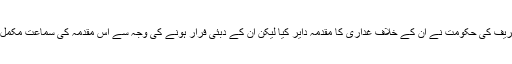
2014میں نواز شریف کی حکومت نے ان کے خلاف غداری کا مقدمہ دایر کیا لیکن ان کے دبئی فرار ہونے کی وجہ سے اس مقدمہ کی سماعت مکمل نہیں ہو سکی ہے۔